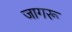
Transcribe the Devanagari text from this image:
जागरू